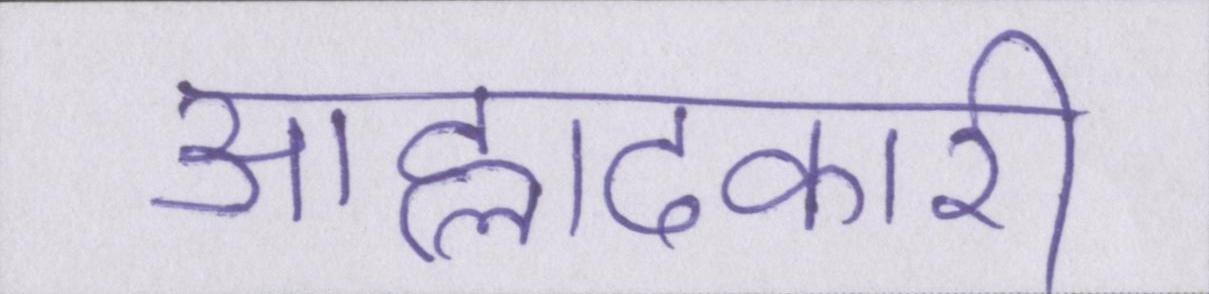
आह्लादकारी